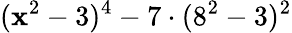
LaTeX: (\mathbf{x}^{2}-3)^{4}-7\cdot(8^{2}-3)^{2}